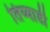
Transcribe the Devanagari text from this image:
तिय्याडी